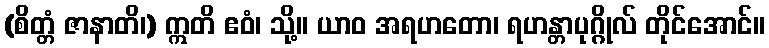
(စိတ္တံ ဇာနာတိ၊) ဣတိ ဧဝံ၊ သို့။ ယာဝ အရဟတော၊ ရဟန္တာပုဂ္ဂိုလ် တိုင်အောင်။